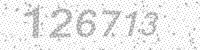
Solution: 126713